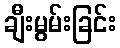
ချီးမွမ်းခြင်း